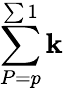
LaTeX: \sum\limits_{P=p}^{\sum1}\mathbf{k}